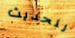
للحديث